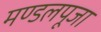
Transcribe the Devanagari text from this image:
मण्डलपूजा